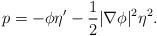
LaTeX: \begin{align*}p= -\phi \eta' - \frac {1} {2} |\nabla \phi |^2 \eta^2. \end{align*}